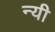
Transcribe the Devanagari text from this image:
न्यी